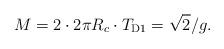
LaTeX: \begin{align*}M = 2 \cdot 2\pi R_c \cdot T_{{\rm D}{1}} = \sqrt{2}/g.\end{align*}